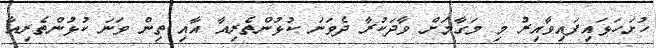
ހުށަހަޅައިފައިވާއިރު މި މަގާމަށް ވާދަކުރާ ދެވަނަ ކުޅުންތެރިއާ އާއި ތިން ވަނަ ކުޅުންތެރިއާ